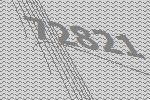
72821